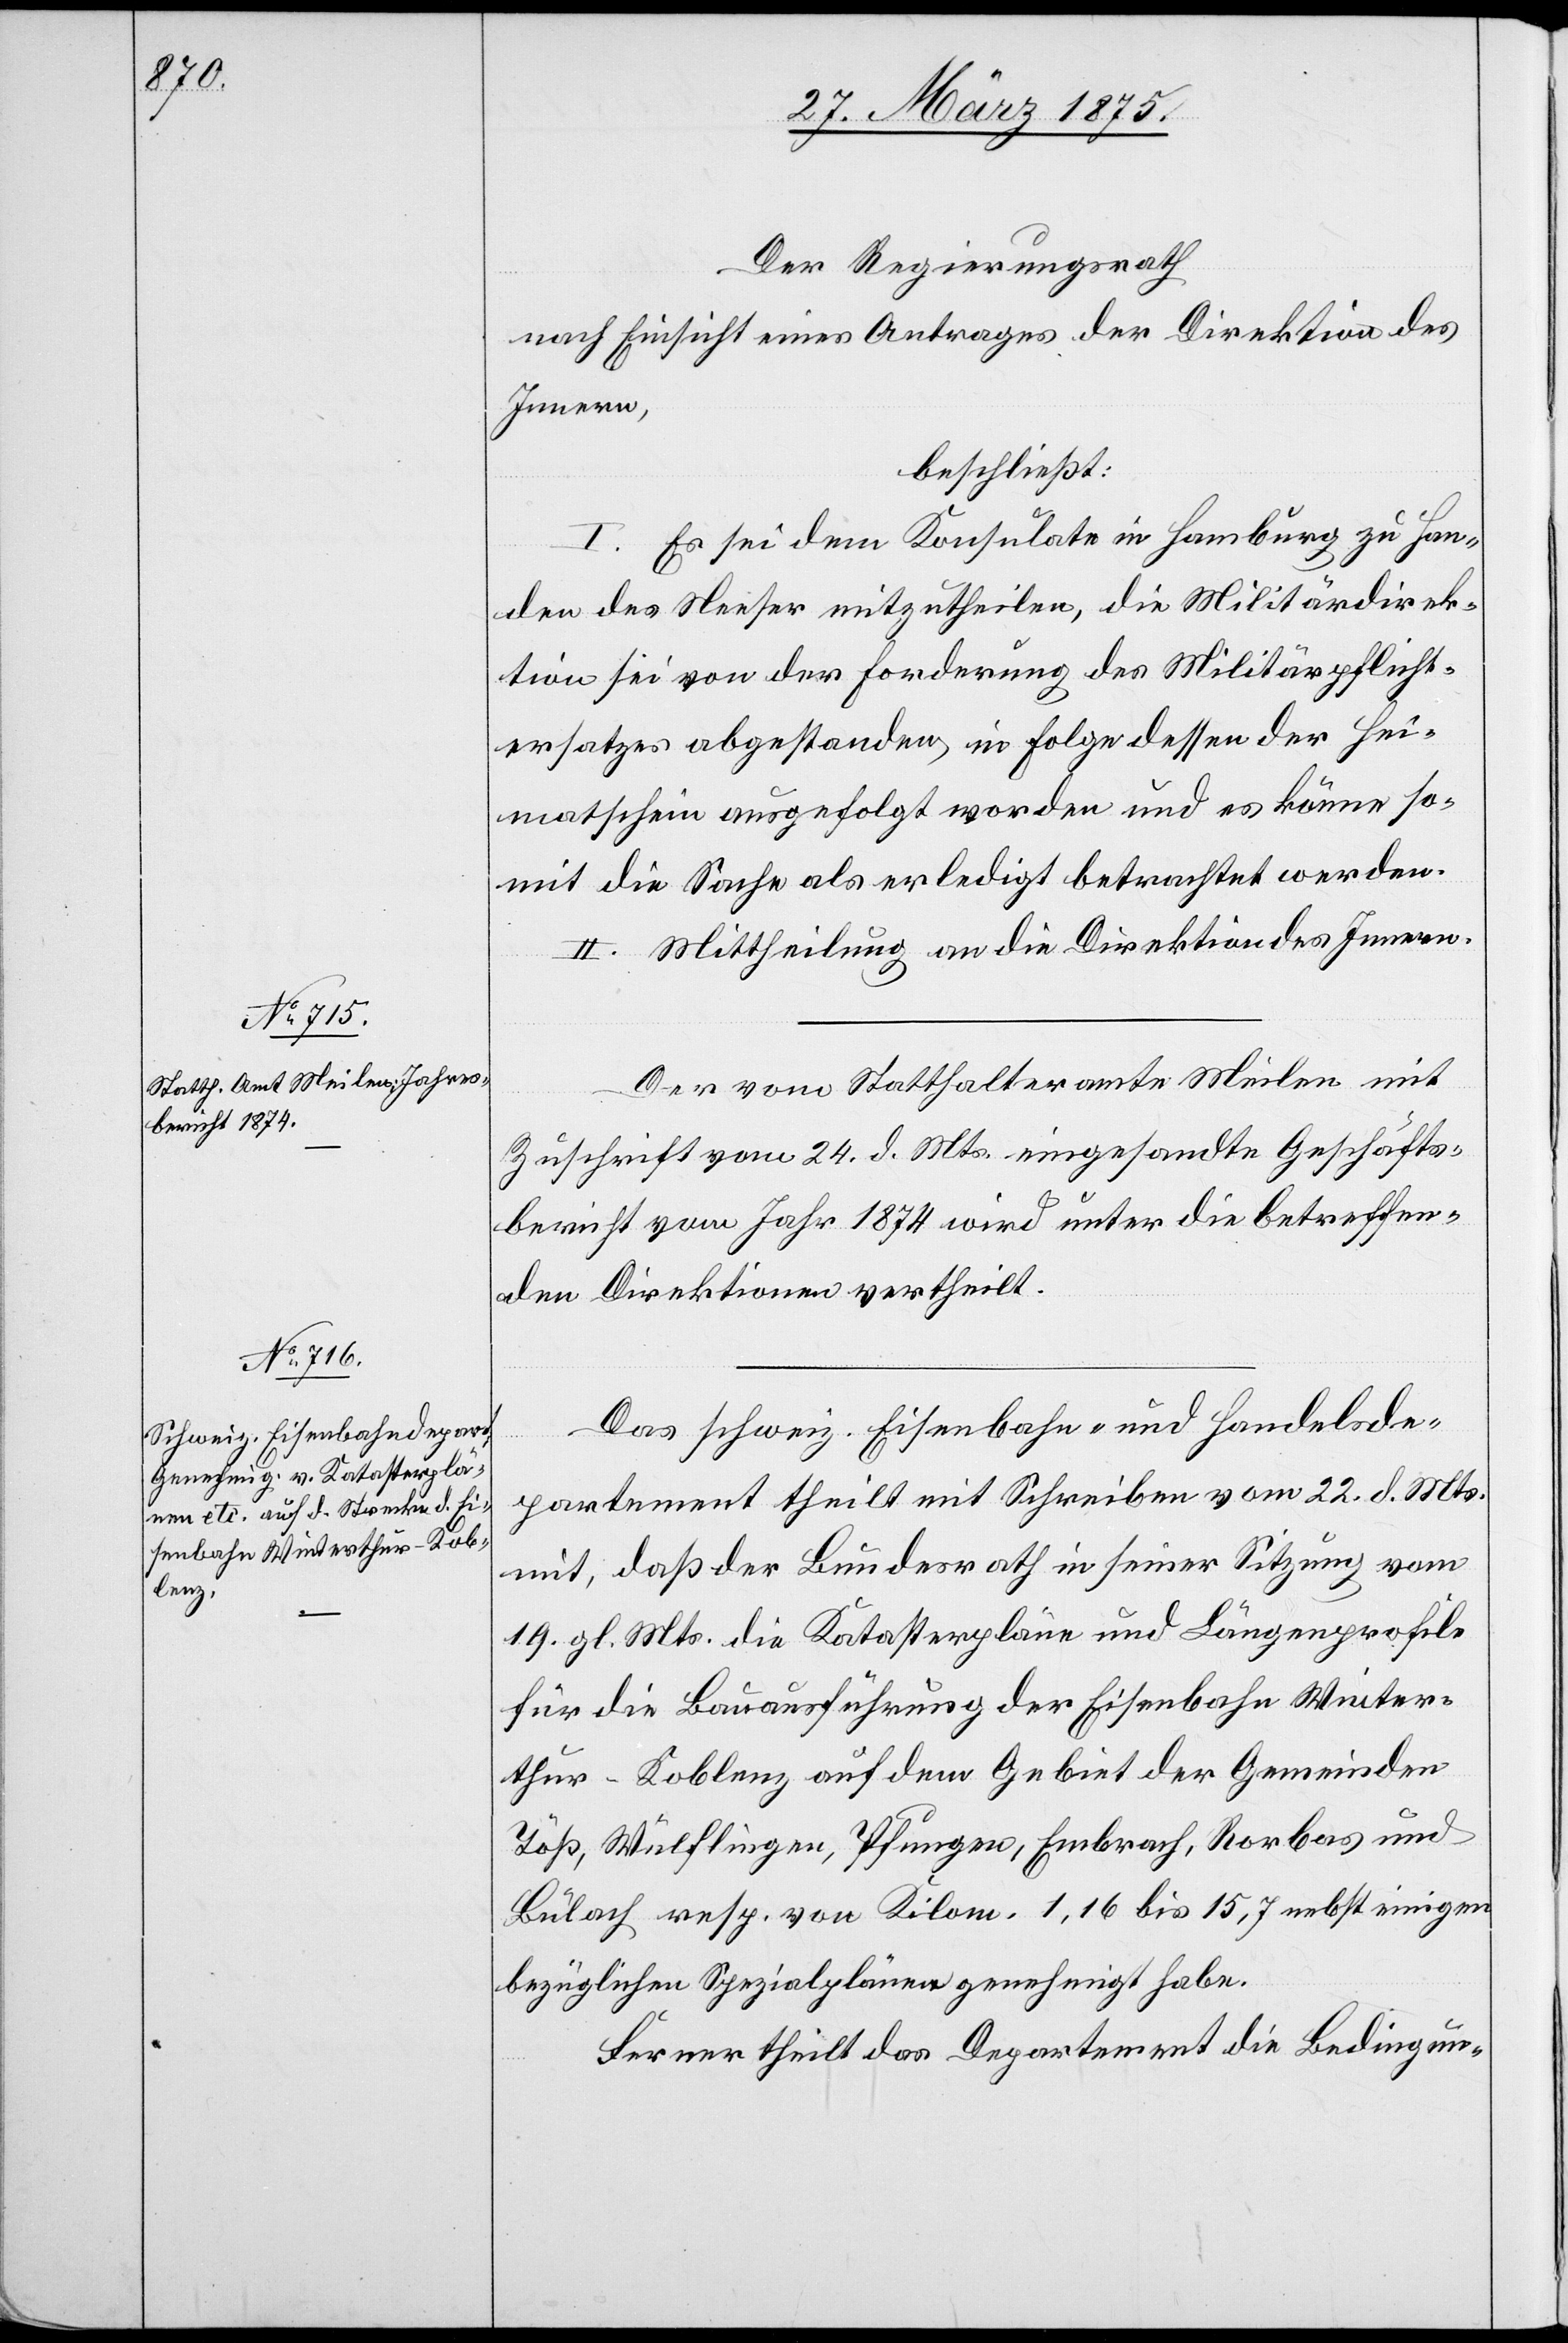
Der Regierungsrath
nach Einsicht eines Antrages der Direktion des
Innern,
beschließt:
I. Es sei dem Konsulate in Hamburg zu Han¬
den des Neeser mitzutheilen, die Militärdirek¬
tion sei von der Forderung des Militärpflicht¬
ersatzes abgestanden, in Folge dessen der Hei¬
matschein ausgefolgt worden und es könne so¬
mit die Sache als erledigt betrachtet werden.
II. Mittheilung an die Direktion des Innern.
Der vom Statthalteramte Meilen mit
Zuschrift vom 24. d. Mts. eingesandte Geschäfts¬
bericht vom Jahre 1874 wird unter die betreffen¬
den Direktionen vertheilt.
Das schweiz. Eisenbahn- und Handelsde¬
partement theilt mit Schreiben vom 22. d. Mts.
mit, daß der Bundesrath in seiner Sitzung vom
14. gl. Mts. die Katasterpläne und Längenprofile
für die Bauausführung der Eisenbahn Winter¬
thur–Koblenz auf dem Gebiet der Gemeinden
Töß, Wülflingen, Pfungen, Embrach, Rorbas und
Bülach resp. von Kilom. 1,16 bis 15,7 nebst einigen
bezüglichen Spezialplänen genehmigt habe.
Ferner theilt das Department die Bedingun-